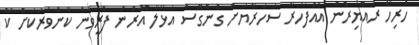
ހުރިހާ ރައްޔިރުން އެއްފަހަރާ ސަހަރާޔަށް ގެންގޮސް އަޅާލާ އޭރުން ފްރީވާނެ ކާނެވަރަކަށް ކާ